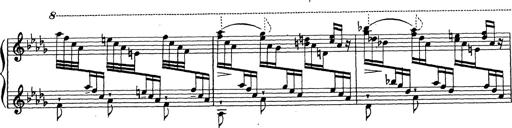
Title: Ballade No.1
Composer: Richard St. Clair